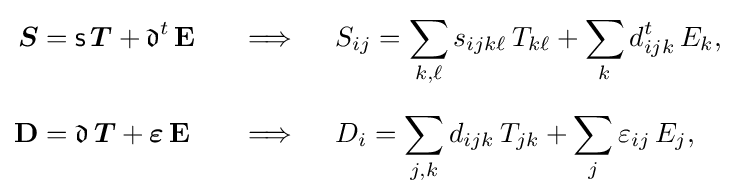
{\begin{aligned}{\boldsymbol {S}}&={\mathsf {s}}\,{\boldsymbol {T}}+{\mathfrak {d}}^{t}\,\mathbf {E} \ &&\implies \quad S_{ij}=\sum _{k,\ell }s_{ijk\ell }\,T_{k\ell }+\sum _{k}d_{ijk}^{t}\,E_{k},\\[6pt]\mathbf {D} &={\mathfrak {d}}\,{\boldsymbol {T}}+{\boldsymbol {\varepsilon }}\,\mathbf {E} &&\implies \quad D_{i}=\sum _{j,k}d_{ijk}\,T_{jk}+\sum _{j}\varepsilon _{ij}\,E_{j},\end{aligned}}